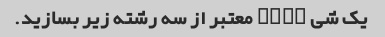
یک شی JSON معتبر از سه رشته زیر بسازید.